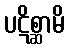
ပဋိစ္ဆာမိ